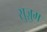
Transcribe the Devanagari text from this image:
सुज़ुम